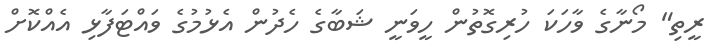
ރީތި" މޯނާގެ ވާހަކަ ހުރިގޮތުން ހީވަނީ ޝަބާގެ ހެދުން އެޅުމުގެ ވައްޓަފާޅި އެއްކޮށް